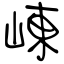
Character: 崠